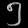
Digit: ၅